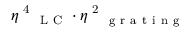
\eta \textsuperscript { 4 } _ { \mathrm { ~ L ~ C ~ } } \cdot \eta \textsuperscript { 2 } _ { \mathrm { ~ g ~ r ~ a ~ t ~ i ~ n ~ g ~ } }